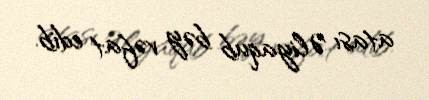
atası Əliyaqub bəy vəfat edib.